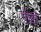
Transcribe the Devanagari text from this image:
पीठॉ